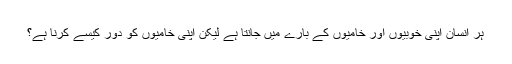
ہر انسان اپنی خوبیوں اور خامیوں کے بارے میں جانتا ہے لیکن اپنی خامیوں کو دور کیسے کرنا ہے؟